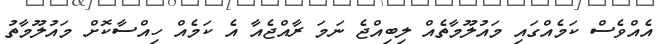
އެއްވެސް ކަމެއްގައި މައުލޫމާތެއް ލިބިއްޖެ ނަމަ ރާއްޖެއާ އެ ކަމެއް ހިއްސާކޮށް މައުލޫމާތު